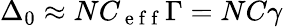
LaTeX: \Delta_{0}\approx NC_{\mathrm{~e~f~f~}}\Gamma=NC\gamma